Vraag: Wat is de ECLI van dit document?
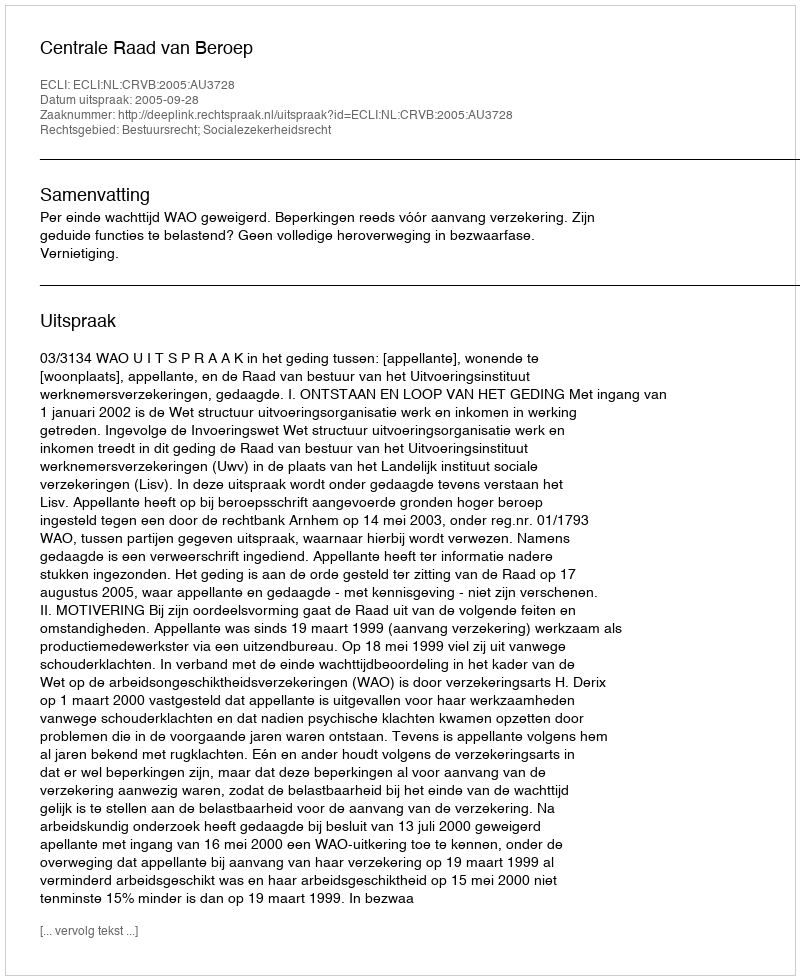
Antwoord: ECLI:NL:CRVB:2005:AU3728